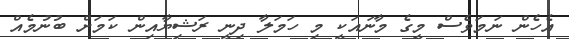
އެހެން ނަމަވެސް މީގެ މާނައަކީ މި ހަމަލާ ދިނީ ރަޝިޔާއިން ކަމަށް ބުނުމެއް